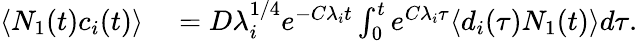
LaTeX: \begin{array}{rl}{\langle N_{1}(t)c_{i}(t)\rangle}&{{}=D\lambda_{i}^{1/4}e^{-C\lambda_{i}t}\int_{0}^{t}e^{C\lambda_{i}\tau}\langle d_{i}(\tau)N_{1}(t)\rangle d\tau.}\end{array}